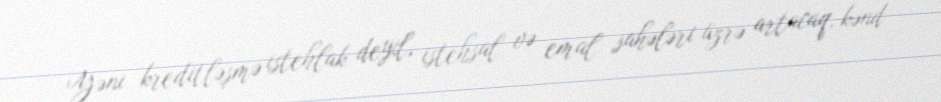
Yəni kreditləşmə istehlak deyil, istehsal və emal sahələri üzrə artacaq, kənd